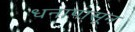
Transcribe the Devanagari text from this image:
धनापासून